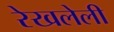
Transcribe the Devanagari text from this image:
रेखलेली